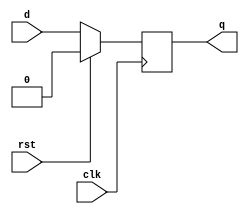
// sync d flip flop with positive triggered clock
module sdff (
    clk,rst,d,q
);
    input clk,rst,d;
    output reg q;

    always @(posedge clk) begin
        if(rst)
            q=1'b0;
        else
            q=d; 
    end
endmodule